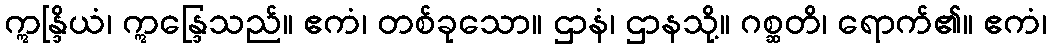
ဣန္ဒြိယံ၊ ဣန္ဒြေသည်။ ဧကံ၊ တစ်ခုသော။ ဌာနံ၊ ဌာနသို့။ ဂစ္ဆတိ၊ ရောက်၏။ ဧကံ၊